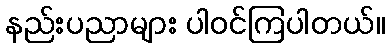
နည်းပညာများ ပါဝင်ကြပါတယ်။